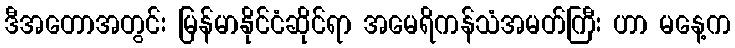
ဒီအတောအတွင်း မြန်မာနိုင်ငံဆိုင်ရာ အမေရိကန်သံအမတ်ကြီး ဟာ မနေ့က